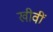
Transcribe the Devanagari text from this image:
खीवीं